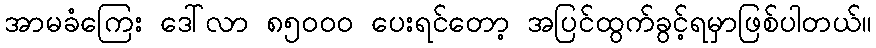
အာမခံကြေး ဒေါ်လာ ၈၅၀၀၀ ပေးရင်တော့ အပြင်ထွက်ခွင့်ရမှာဖြစ်ပါတယ်။